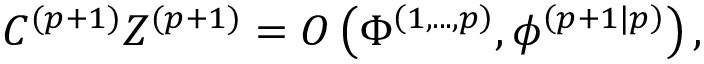
C ^ { ( p + 1 ) } Z ^ { ( p + 1 ) } = O \left( \Phi ^ { \left( 1 , . . . , p \right) } , \phi ^ { \left( p + 1 | p \right) } \right) , \;